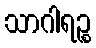
သာဂါရဉ္စ